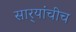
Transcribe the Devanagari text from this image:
सार्‍यांचीच